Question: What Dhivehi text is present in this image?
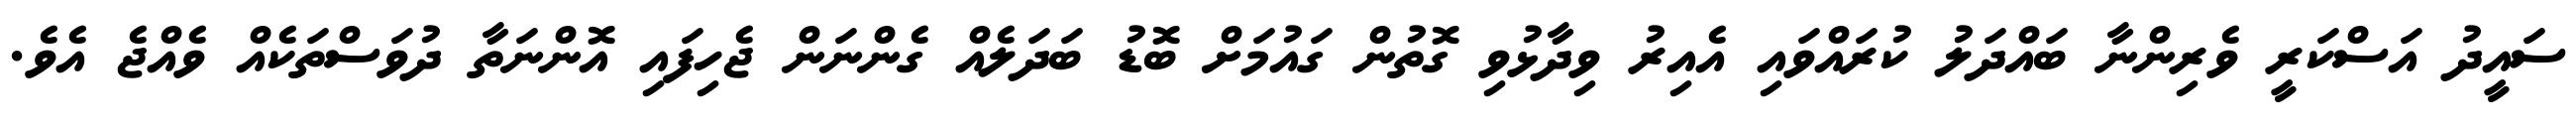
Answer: ސައީދު އަސްކަރީ ވެރިންނާ ބައްދަލު ކުރައްވައި އެއިރު ވިދާޅުވި ގޮތުން ގައުމަށް ބޮޑު ބަދަލެއް ގެންނަން ޖެހިފައި އޮންނަތާ ދުވަސްތަކެއް ވެއްޖެ އެވެ.